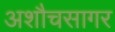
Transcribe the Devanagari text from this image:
अशौचसागर